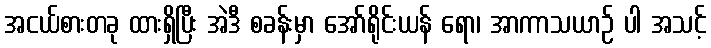
အငယ်စားတခု ထားရှိပြီး အဲဒီ စခန်းမှာ အော်ရိုင်းယန် ရော၊ အာကာသယာဉ် ပါ အသင့်